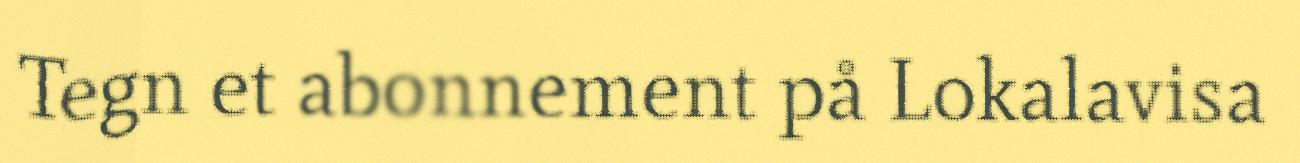
Tegn et abonnement på Lokalavisa